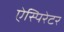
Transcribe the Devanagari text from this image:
ऐस्पिरेटर